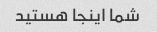
شما اینجا هستید